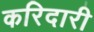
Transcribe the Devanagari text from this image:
करिदारी